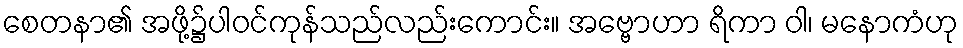
စေတနာ၏ အဖို့၌ပါဝင်ကုန်သည်လည်းကောင်း။ အဗ္ဗောဟာ ရိကာ ဝါ၊ မနောကံဟု